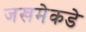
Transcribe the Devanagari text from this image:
जखमेकडे